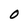
Character: O